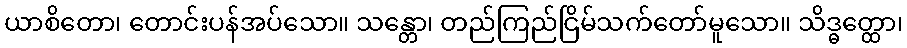
ယာစိတော၊ တောင်းပန်အပ်သော။ သန္တော၊ တည်ကြည်ငြိမ်သက်တော်မူသော။ သိဒ္ဓတ္ထော၊